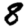
Digit: 8